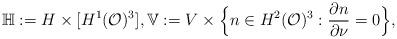
LaTeX: \begin{align*}\mathbb{H}: = H \times [ H^1(\mathcal{O})^3 ], \mathbb{V}:= V\times \Big\{n\in H^2(\mathcal{O})^3 : \frac{\partial n}{\partial \nu} = 0 \Big\} ,\end{align*}